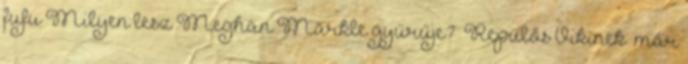
fufu Milyen lesz Meghan Markle gyűrűje? “Repülős Vikinek” már